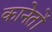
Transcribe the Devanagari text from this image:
कानेतों